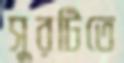
সুরটিতে